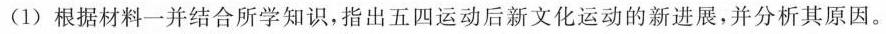
(1)根据材料一并结合所学知识，指出五四运动后新文化运动的新进展，并分析其原因。